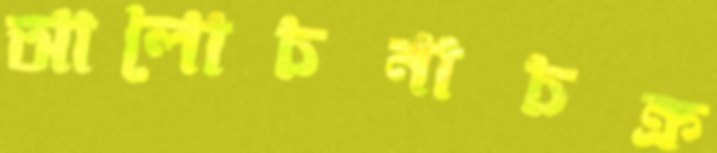
আলোচনাচক্র